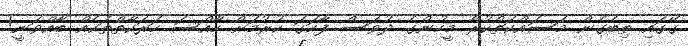
ގޭގައި ތިބެގެން މަސައްކަތްކުރާ މީހުންގެ ދުވަސް ފާހަގަ ކުރުމަށް ހާއްސަ ހަރަކާތްތަކެއް ބާއްވަނީ!